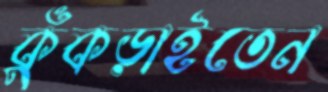
কুঁকড়াইতেন